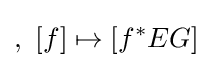
,\,\,[f]\mapsto [f^{*}EG]